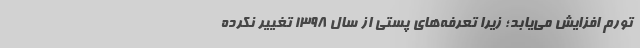
تورم افزایش می‌یابد؛ زیرا تعرفه‌های پستی از سال ۱۳۹۸ تغییر نکرده